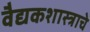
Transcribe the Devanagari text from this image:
वैद्यकशास्त्राचे